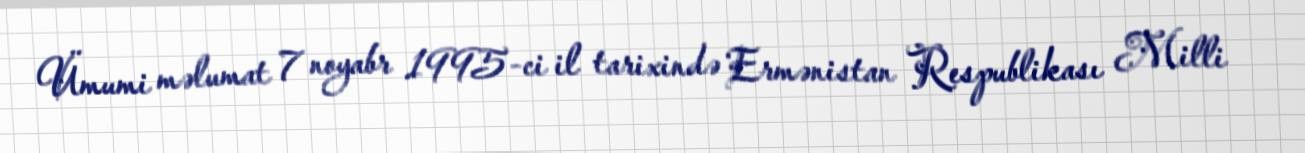
Ümumi məlumat 7 noyabr 1995-ci il tarixində Ermənistan Respublikası Milli